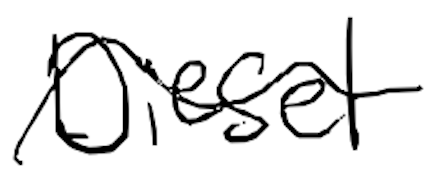
Text: Diesel
Cross-out: wave
Writing tool: digital_black